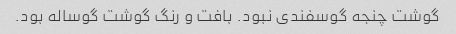
گوشت چنجه گوسفندی نبود. بافت و رنگ گوشت گوساله بود.